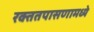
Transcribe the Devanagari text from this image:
रक्ततपासणामध्ये